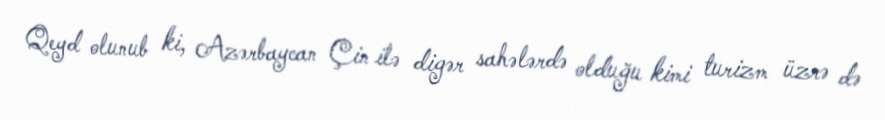
Qeyd olunub ki, Azərbaycan Çin ilə digər sahələrdə olduğu kimi turizm üzrə də